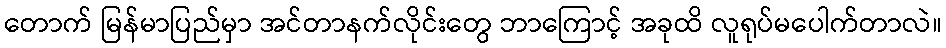
တောက် မြန်မာပြည်မှာ အင်တာနက်လိုင်းတွေ ဘာကြောင့် အခုထိ လူရုပ်မပေါက်တာလဲ။